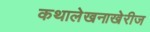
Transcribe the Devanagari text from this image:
कथालेखनाखेरीज